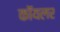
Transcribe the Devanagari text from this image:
कॉयलर